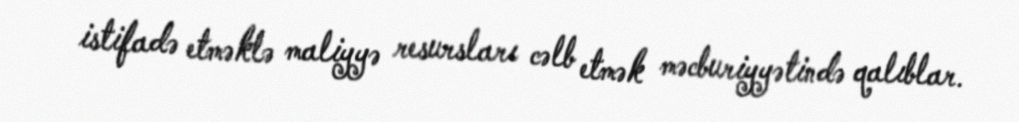
istifadə etməklə maliyyə resursları cəlb etmək məcburiyyətində qalıblar.